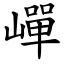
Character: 㠆